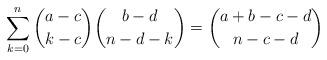
LaTeX: \begin{align*} \sum_{k=0}^n \binom{a-c}{k-c}\binom{b-d}{n-d-k} = \binom{a+b-c-d}{n-c-d}\end{align*}